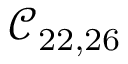
\mathcal { C } _ { 2 2 , 2 6 }